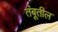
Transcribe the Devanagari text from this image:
तंबूतील